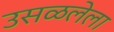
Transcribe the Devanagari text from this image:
उसळलेला